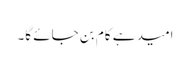
امید ہے کام بن جائے گا۔